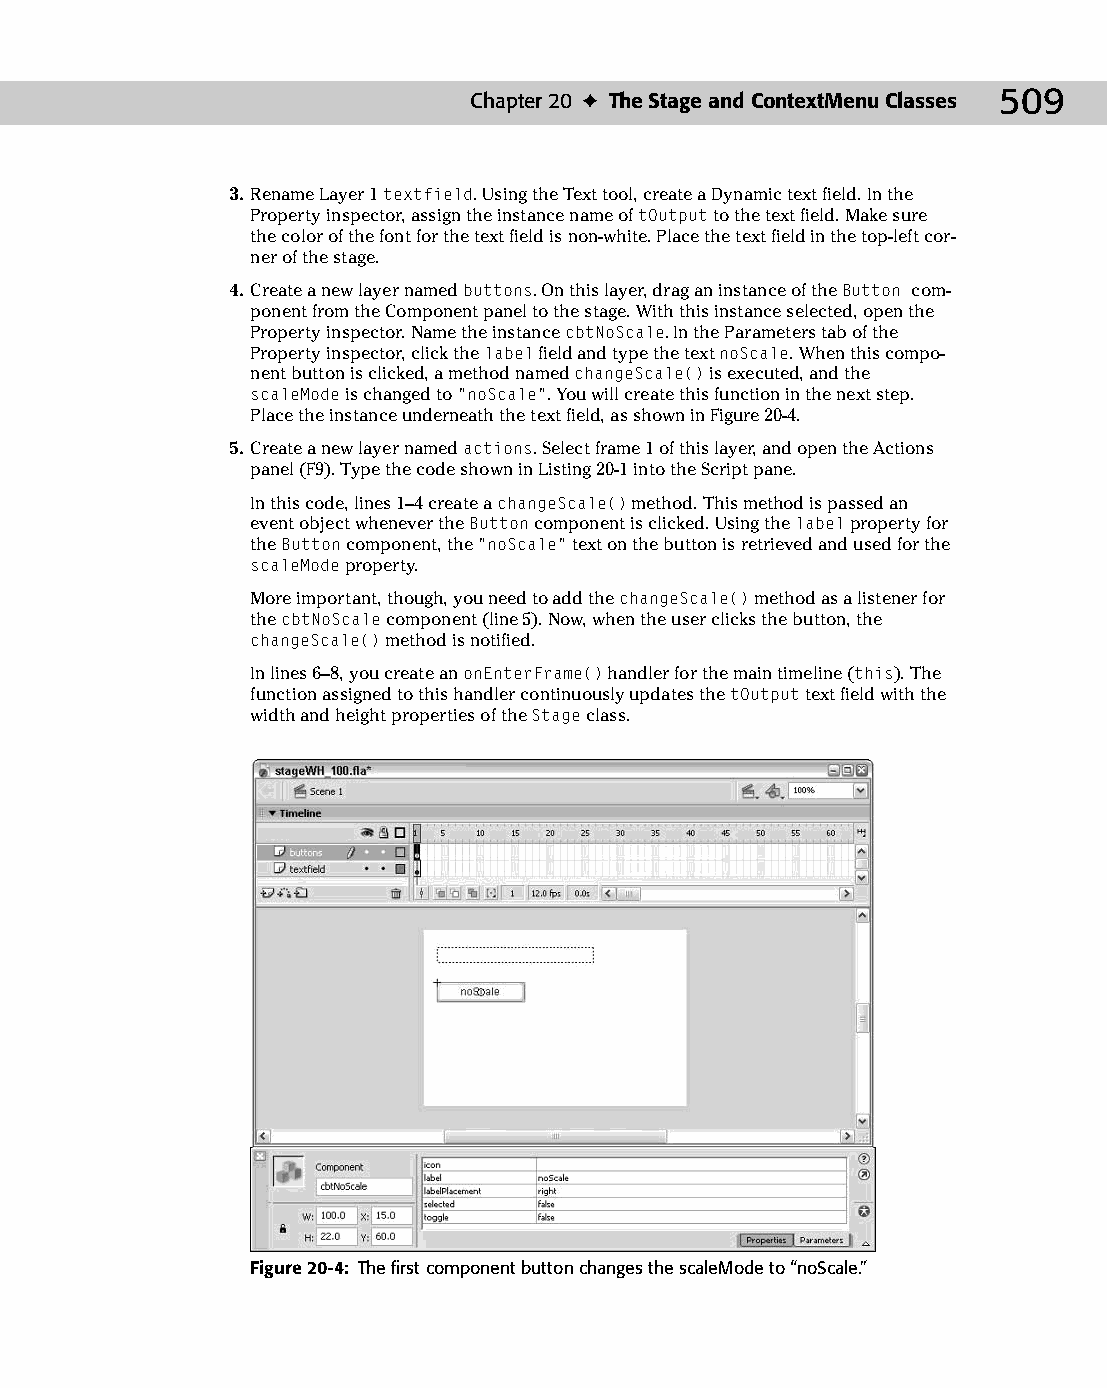
26 543547 ch20.qxd 3/24/04 4:10 PM Page 509
 Chapter 20 ✦ The Stage and ContextMenu Classes 509
 3. Rename Layer 1 textfield. Using the Text tool, create a Dynamic text field. In the
 Property inspector, assign the instance name of tOutput to the text field. Make sure
 the color of the font for the text field is non-white. Place the text field in the top-left cor­
 ner of the stage.
 4. Create a new layer named buttons. On this layer, drag an instance of the Button com­
 ponent from the Component panel to the stage. With this instance selected, open the
 Property inspector. Name the instance cbtNoScale. In the Parameters tab of the
 Property inspector, click the label field and type the text noScale. When this compo­
 nent button is clicked, a method named changeScale() is executed, and the
 scaleMode is changed to “noScale”. You will create this function in the next step.
 Place the instance underneath the text field, as shown in Figure 20-4.
 5. Create a new layer named actions. Select frame 1 of this layer, and open the Actions
 panel (F9). Type the code shown in Listing 20-1 into the Script pane.
 In this code, lines 1–4 create a changeScale() method. This method is passed an
 event object whenever the Button component is clicked. Using the label property for
 the Button component, the “noScale” text on the button is retrieved and used for the
 scaleMode property.
 More important, though, you need to add the changeScale() method as a listener for
 the cbtNoScale component (line 5). Now, when the user clicks the button, the
 changeScale() method is notified.
 In lines 6–8, you create an onEnterFrame() handler for the main timeline (this). The
 function assigned to this handler continuously updates the tOutput text field with the
 width and height properties of the Stage class.
 Figure 20-4: The first component button changes the scaleMode to “noScale.”